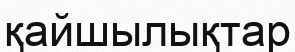
қайшылықтар